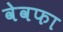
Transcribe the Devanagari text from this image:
वेवफा